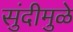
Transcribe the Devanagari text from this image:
सुंदीमुळे